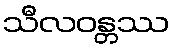
သီလဝန္တဿ